Distribution and causation of leprosy in British India
Year: 1875
Disease focus: Leprosy
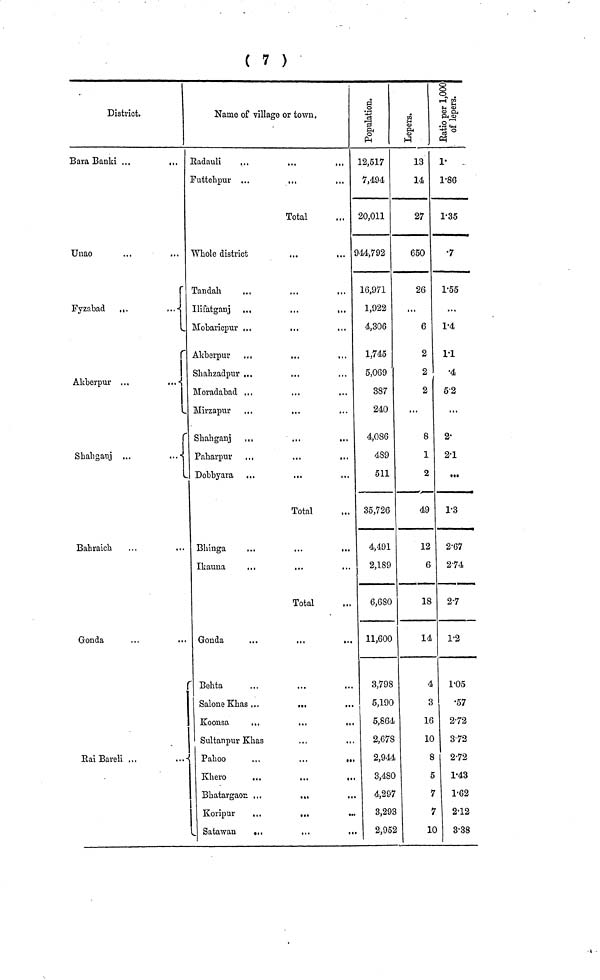
( 7 )
District.
Bara Banki ...
...
Unao
Fyzabad
Akberpur
Shahganj
Bahraich
Gonda
Eai Bareli ...
Name of village or town
Radauli
...
Futtehpur ...
,,.
...
Total
Whole district
Tandah
Ilifatganj ,.,
...
,..
Mobaricpur ...
...
Akberpur
.,,
...
...
Shazadpur ...
...
Moradabad ,,,
Mirzapur ...
...
Shahganj ,,,
Paharpur ...
...
...
Dobbyara ,,.
Total
Bhinga
,..
...
...
Ikauua
...
...
...
Total
Gonda
...
...
...
Behta
...
...
...
Salone Kkas ...
...
...
Koonsa
...
...
...
Sultanpur Khas
Pahoo
...
...
»•.
Khero
...
...
...
Bhatargaon ...
...
Koripur
...
...
Satawan
..
...
..
12,517
7,494
20,011
944,792
16,971
1,922
4,306
1,745
5,069
387
240
4,086
489
511
35,726
4,491
2,189
6,680
11,600
3,798
5,190
5,864
2,678
2,944
3,480
4,297
3,293
2,952
13
14
27
650
26
...
6
2
2
2
...
8
1
2
49
12
6
18
14
4
3
16
10
8
5
7
7
10
1.
1.86
1.35
.7
1.55
...
1.4
1.1
.4
5.2
...
2.
2.1
1.3
2.67
2.74
2.7
1.2
1.05
.57
2.72
3.72
2.72
1.43
1.62
2.12
3.38